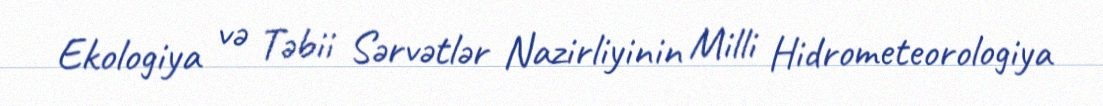
Ekologiya və Təbii Sərvətlər Nazirliyinin Milli Hidrometeorologiya